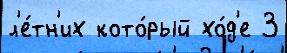
л'е́тн'их кото́рый хо́д'е 3